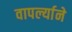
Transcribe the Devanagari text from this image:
वापर्ल्याने